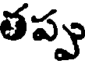
తప్పు